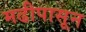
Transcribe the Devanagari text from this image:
मढीपासून